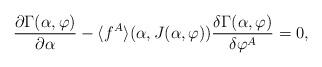
LaTeX: \begin{align*}{\partial\Gamma(\alpha,\varphi)\over\partial\alpha}-\langle f^A\rangle(\alpha,J(\alpha,\varphi)){\delta\Gamma(\alpha,\varphi)\over\delta\varphi^A}=0,\end{align*}